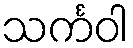
သင်္ကဝါ